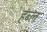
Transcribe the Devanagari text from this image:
हंब्ल